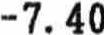
-7.40